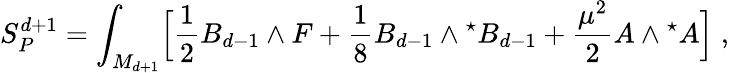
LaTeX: S_{P}^{d+1}=\int_{M_{d+1}}\Bigl[{\frac{1}{2}}B_{d-1}\wedge F+{\frac{1}{8}}B_{d-1}\wedge{}^{\star}B_{d-1}+{\frac{\mu^{2}}{2}}A\wedge{}^{\star}A\Bigl]\; ,